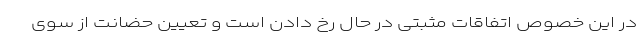
در این خصوص اتفاقات مثبتی در حال رخ دادن است و تعیین حضانت از سوی